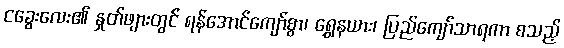
ငခွေးလေး၏ နှုတ်ဖျားတွင် ရန်အောင်ကျော်စွာ၊ ရွှေနယား၊ ပြည်ကျော်သာရကာ စသည့်